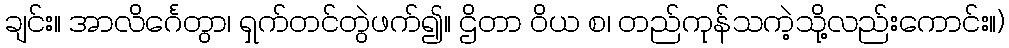
ချင်း။ အာလိင်္ဂေတွာ၊ ရှက်တင်တွဲဖက်၍။ ဌိတာ ဝိယ စ၊ တည်ကုန်သကဲ့သို့လည်းကောင်း။)